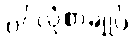
ပင်လုံစာချုပ်